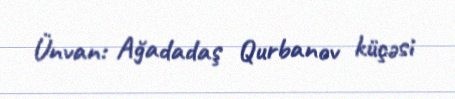
Ünvan: Ağadadaş Qurbanov küçəsi